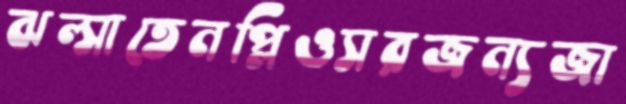
ঝল্‌সাতেনপ্লিওসরজন্যজা